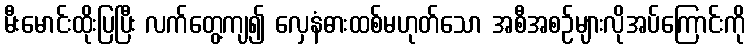
မီးမောင်းထိုးပြပြီး လက်တွေ့ကျ၍ လှေနံဓားထစ်မဟုတ်သော အစီအစဉ်များလိုအပ်ကြောင်းကို